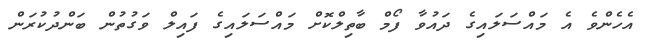
އެހެންވެ އެ މައްސަލައިގެ ދައުވާ ފޯމް ބާތިލްކޮށް މައްސަލައިގެ ފައިލް ވަގުތުން ބަންދުކުރަން